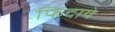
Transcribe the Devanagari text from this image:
फिदाये